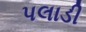
પલાડી